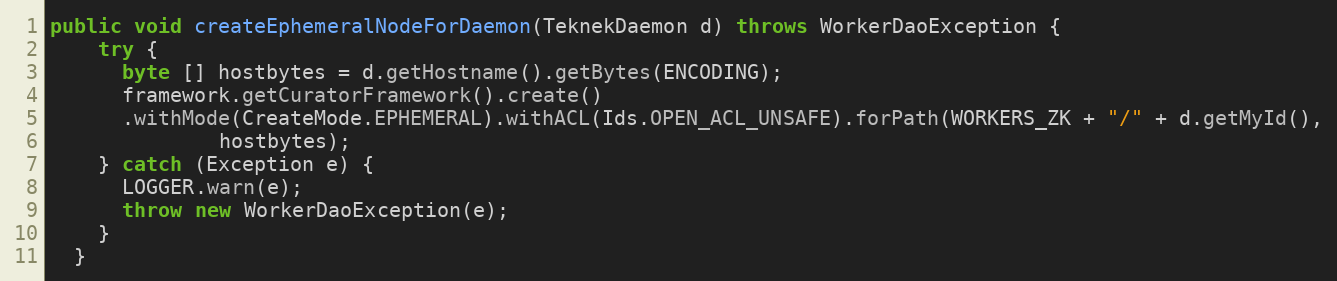
Language: Java
public void createEphemeralNodeForDaemon(TeknekDaemon d) throws WorkerDaoException {
    try {
      byte [] hostbytes = d.getHostname().getBytes(ENCODING);
      framework.getCuratorFramework().create()
      .withMode(CreateMode.EPHEMERAL).withACL(Ids.OPEN_ACL_UNSAFE).forPath(WORKERS_ZK + "/" + d.getMyId(),
              hostbytes);
    } catch (Exception e) {
      LOGGER.warn(e);
      throw new WorkerDaoException(e);
    }
  }